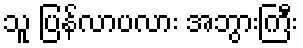
သူ ပြန်လာပလား အဘွားကြီး